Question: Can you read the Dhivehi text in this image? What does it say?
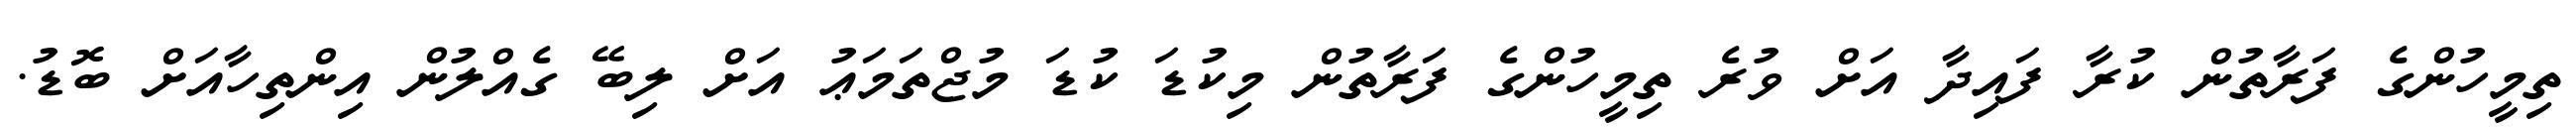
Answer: ތިމީހުންގެ ފަރާތުން ކުރާ ފައިދާ އަށް ވުރެ ތިމީހުންގެ ފަރާތުން މިކުޑަ ކުޑަ މުޖްތަމަޢު އަށް ލިބޭ ގެއްލުން އިންތިހާއަށް ބޮޑު.